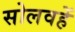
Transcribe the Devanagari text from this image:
सोलवहें